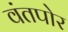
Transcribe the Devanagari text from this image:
वंतपोर